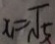
x _ { 1 } = \sqrt { 5 }